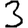
Digit: 3